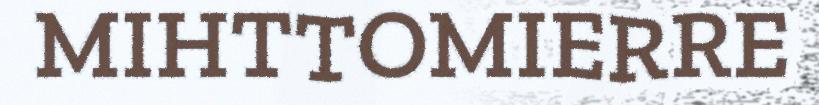
MIHTTOMIERRE